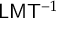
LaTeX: { \mathsf { L } } { \mathsf { M } } { \mathsf { T } } ^ { - 1 }